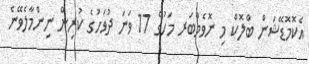
އެކޮމޮޑޭޝަން ބްލޮކް މި ނޮވެމްބަރ މަހުގެ 17 ވަނަ ދުވަހުގެ ކުރިން ނިންމާލެވޭނެ